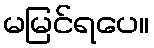
မမြင်ရပေ။